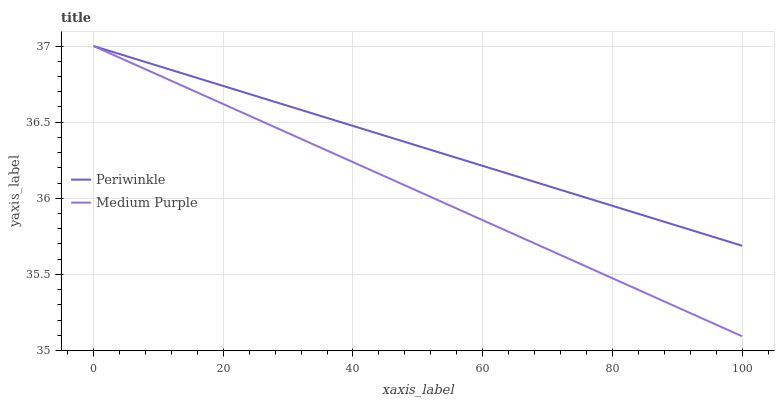
| xaxis_label | Periwinkle | Medium Purple |
 | --- | --- | --- |
 | 0 | 37 | 37 |
 | 7.69 | 36.9 | 36.9 |
 | 15.4 | 36.8 | 36.7 |
 | 23.1 | 36.7 | 36.6 |
 | 30.8 | 36.6 | 36.4 |
 | 38.5 | 36.5 | 36.3 |
 | 46.2 | 36.4 | 36.1 |
 | 53.8 | 36.3 | 36 |
 | 61.5 | 36.2 | 35.8 |
 | 69.2 | 36.1 | 35.7 |
 | 76.9 | 36 | 35.5 |
 | 84.6 | 35.9 | 35.4 |
 | 92.3 | 35.8 | 35.2 |
 | 100 | 35.7 | 35.1 |